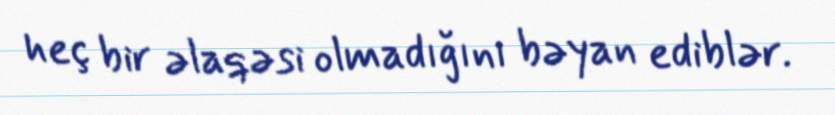
heç bir əlaqəsi olmadığını bəyan ediblər.